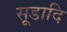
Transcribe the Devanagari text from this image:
सूडादि